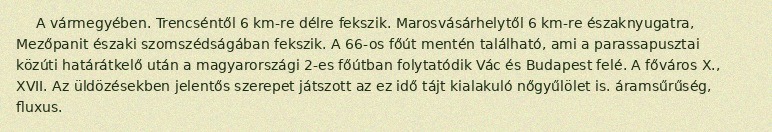
A vármegyében. Trencséntől 6 km-re délre fekszik. Marosvásárhelytől 6 km-re északnyugatra, Mezőpanit északi szomszédságában fekszik. A 66-os főút mentén található, ami a parassapusztai közúti határátkelő után a magyarországi 2-es főútban folytatódik Vác és Budapest felé. A főváros X., XVII. Az üldözésekben jelentős szerepet játszott az ez idő tájt kialakuló nőgyűlölet is. áramsűrűség, fluxus.